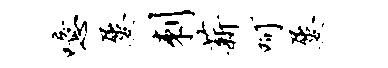
噫屡刺薪呵屡